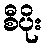
စီပိုး